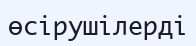
өсірушілерді